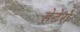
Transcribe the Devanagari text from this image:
हेटेरो